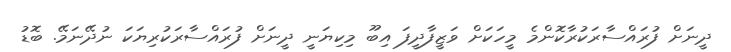
ދީނަށް ފުރައްސާރަކުރާކޮންމެ މީހަކަށް ވަޒީފާދީފަ އިބޫ މިކިޔަނީ ދީނަށް ފުރައްސާރަކުރިޔަކަ ނުދޭނަމޭ. ބޮޑު